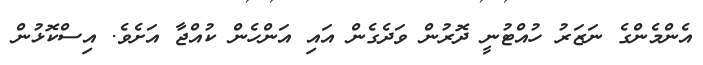
އެންމެންގެ ނަޒަރު ހުއްޓުނީ ދޮރުން ވަދެގެން އައި އަންހެން ކުއްޖާ އަށެވެ. އިސްކޮޅުން